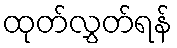
ထုတ်လွှတ်ရန်